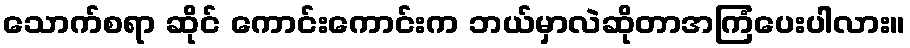
သောက်စရာ ဆိုင် ကောင်းကောင်းက ဘယ်မှာလဲဆိုတာအကြံပေးပါလား။